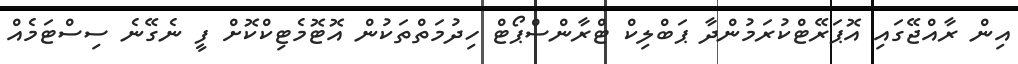
އިން ރާއްޖޭގައި އޮޕަރޭޓްކުރަމުންދާ ޕަބްލިކް ޓްރާންސްޕޯޓް ހިދުމަތްތަކުން އޮޓޮމެޓިކްކޮށް ފީ ނެގޭނެ ސިސްޓަމެއް